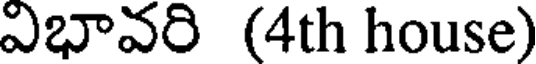
విభావరి (4th house)